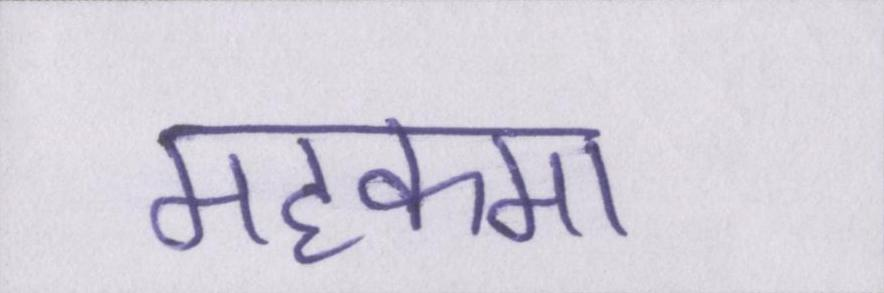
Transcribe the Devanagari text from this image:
महकमा